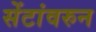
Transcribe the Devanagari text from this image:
सेंटांवरुन